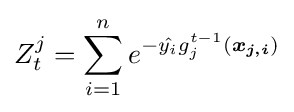
Z_{t}^{j}=\sum _{i=1}^{n}e^{-{\hat {y_{i}}}g_{j}^{t-1}({\boldsymbol {x_{j,i}}})}